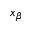
x _ { \beta }